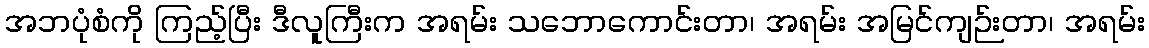
အဘပုံစံကို ကြည့်ပြီး ဒီလူကြီးက အရမ်း သဘောကောင်းတာ၊ အရမ်း အမြင်ကျဉ်းတာ၊ အရမ်း